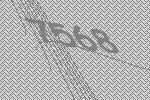
7568